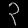
Digit: ၃